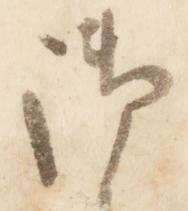
御